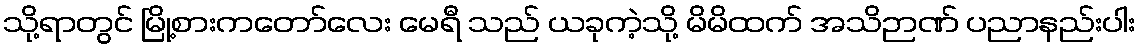
သို့ရာတွင် မြို့စားကတော်လေး မေရီ သည် ယခုကဲ့သို့ မိမိထက် အသိဉာဏ် ပညာနည်းပါး